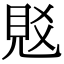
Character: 覐